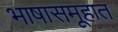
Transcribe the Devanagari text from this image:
भाषासमूहात